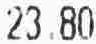
23.80